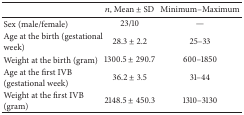
|  | n, Mean ± SD | Minimum–Maximum |
 | --- | --- | --- |
 | Sex (male/female) | 23/10 | — |
 | Age at the birth (gestational week) | 28.3 ± 2.2 | 25–33 |
 | Weight at the birth (gram) | 1300.5 ± 290.7 | 600–1850 |
 | Age at the first IVB (gestational week) | 36.2 ± 3.5 | 31–44 |
 | Weight at the first IVB (gram) | 2148.5 ± 450.3 | 1310–3130 |